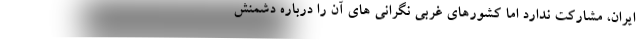
ایران، مشارکت ندارد اما کشورهای غربی نگرانی های آن را درباره دشمنش